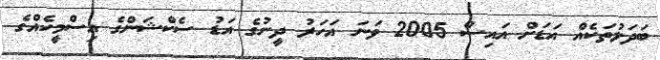
ބަދަލުތަކެއް އަޑަށް އައިސް 2005 ވަަނަ އަހަރު ދީނުގެ އަޑު ސެކްޝަންގެ އިސްމީހެއްގެ